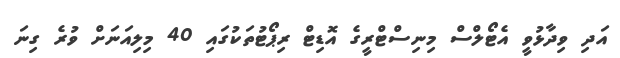
އަދި ވިދާޅުވީ އެޓޯލްސް މިނިސްޓްރީގެ އޮޑިޓް ރިޕޯޓުތަކުގައި 40 މިލިއަނަށް ވުރެ ގިނަ